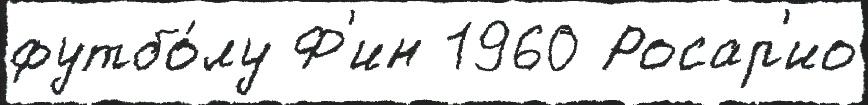
футбо́лу Ф'ин 1960 Росар'ио